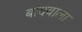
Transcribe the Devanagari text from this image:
बादवाला